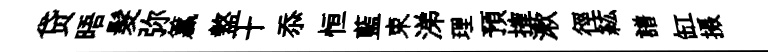
贷晤髮弥籯盩十忝恒藍束涕理預搉漱徑紘譜缸摄